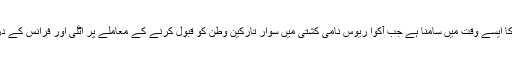
جرمنی کو تارکین وطن کے بحران کا ایسے وقت میں سامنا ہے جب آکوا ریوس نامی کشتی میں سوار تارکین وطن کو قبول کرنے کے معاملے پر اٹلی اور فرانس کے درمیان شدید اختلافات پیدا ہوگئے ہیں۔